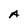
Character: A